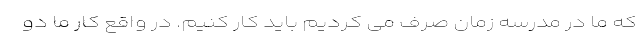
که ما در مدرسه زمان صرف می کردیم باید کار کنیم. در واقع کار ما دو